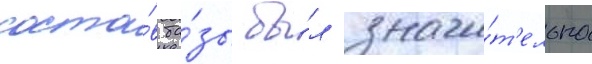
соста́в ба́зы бы́л значи́т'ельно